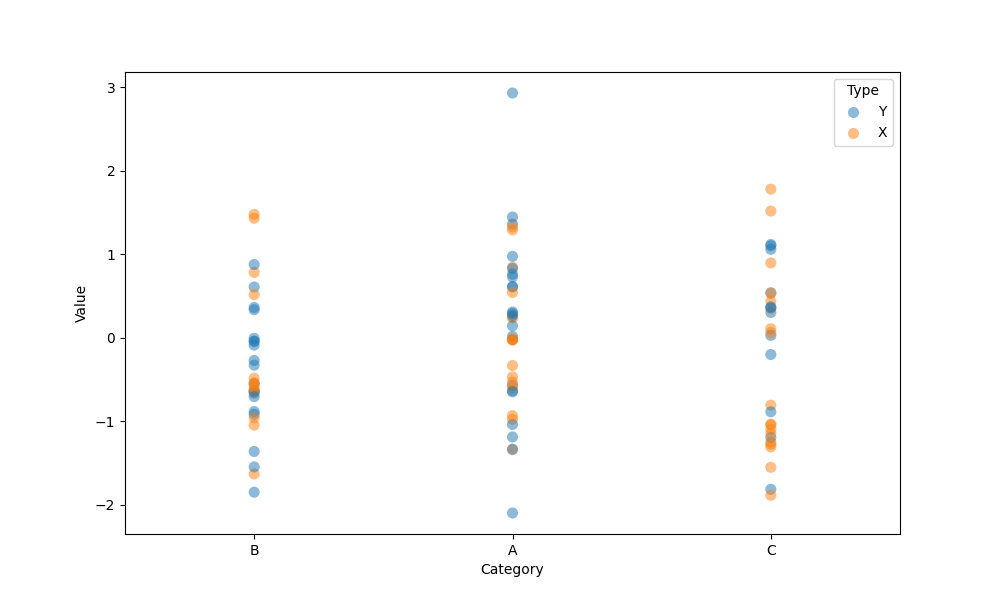
python, seaborn, stripplot, jitter=False, dodge=False, alpha=0.5, size=8